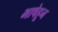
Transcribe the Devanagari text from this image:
भाषेहून